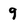
Character: 9